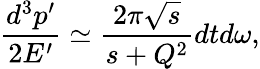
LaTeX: \frac{d^{3}p^{\prime}}{2E^{\prime}}\simeq\frac{2\pi\sqrt{s}}{s+Q^{2}}dtd\omega,